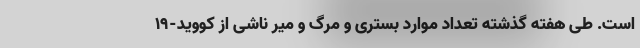
است. طی هفته گذشته تعداد موارد بستری و مرگ و میر ناشی از کووید-۱۹